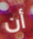
أن